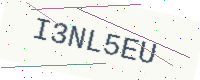
Text: I3NL5EU